Vital statistics of India. Vol. IV, Annual returns from 1871 to 1876. British Army of India, Native Army and jails of Bengal
Year: 1871
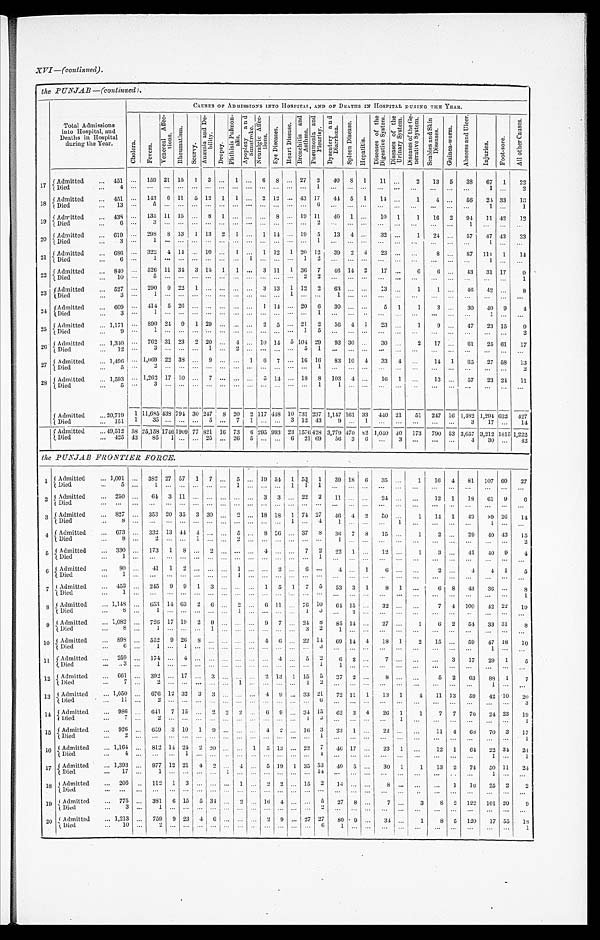
XVI—(continued).
the PUNJAB—(continued).
Total Admissions
into Hospital, and
Deaths in Hospital
duri ng the Year.
CAUSES OF ADMISSIONS INTO HOSPITAL, AND OF DEATHS IN HOSPITAL DURING THE YEAR.
C h o l e r a .
F e v e r s . V e n e r e a l A f f e c -
t i o n s .
R h e u m a t i s m .
S c u r v y .
A n æ m i a a n d D e -
bi l i t y.
D r o p s y .
P h t h i s i s P u l m o n -
a l i s . Ap o p l e x y a n d
Suns t r oke.
N e u r a l g i c A f f e c -
t i ons . E y e D i s e a s e s . H e a r t D i s e a s e .
B r o n c h i t i s a n d
A s t h m a . P n e u m o n i a a n d
P l e u r i s y . D y s e n t e r y a n d
Di a r r h œa . S p l e e n D i s e a s e .
H e p a t i t i s .
D i s e a s e s o f t h e
D i g e s t i v e S y s t e m .
D i s e a s e s o f t h e
U r i n a r y S y s t e m .
D i s e a s e s o f t h e G e -
n e r a t i v e S y s t e m . S e a b i e s a n d S k i n
Di s e a s e s .
G u i n e a - w o r m .
A b s c e s s a n d U l c e r .
I n j u r i e s .
F o o t - s o r e .
A l l o t h e r C a u s e s .
17 Admitted
451
159 21 15 1 3
1
6 8
27 2 40 8 1 11
2 13 5 33 67 1 22
Died
4
1
1
2
1 8
Admitted
451
143 6 11 5 12 1 1
2 12
43 17 44 5 1 14
1
4
56 24 33 1 6
Died
13
5
6
1
1
19 Admitted
438
135 11 15
8 1
8
19 11 40 1
10 1 1 16 2 94 11 42 12
Died
6
3
2
1
2 0 Admitted
619
298 8 13 1 13 2 1
1 14
19 5 13 4
32
1 24
57 47 43 23
Died
3
1
1
1
2 1
Admitted
686
322 4 14
10
1
1 12 1 20 12 39 2 4 23
8
87 111 1 14
Died 6
1
1
1 2
1
2 2
Admitted
840
526 11 34 3 15 1 1
3 11 1 36 7 49 14 2 17
6 6
43 31 17
9
Died 10
5
2 2
1
2 3
Admitted
527
290 9 22 1
3 13 1 12 2 63
13
1 1
46 42
8
Died
3
1
1
1
8
2 4 Admitted
609
414 5 26
1 14
20 6 30
5 1 1 3
30 40 9
4
D i e d
3
1
1
1
2 5 Admitted
1,171
890 24 9 1 20
2 5
21 2 56 4 1 23
1 9
47 23 15
9
Died
9
1
1 5
2
2 6 Admitted
1,310
762 31 23 2 20
4
10 14 5 104 29 93 30
30
2 17
61 25 61 17
Died
12
3
1
2
5 1
2 7
Admitted
1,496
1,069 22 38
9
1 6 7
16 16 83 10 4 33 4
14 1 65 27 5 8 13
Died
5
2
1
2
28
Admitted
1,593
1,262 17 10
7
5 14
18 8 103 4
16 1
13
57 23 24 11
Died
5
3
1
1
Admitted
20,719 1 11,685 4 3 8
794 30 247 8 20 2 117 4 4 8 10 7 3 1 237 1,147 161 33 440 21 5 1
2 4 7 16 1,482
1 , 2 9 4 6 3 2 4 2 7
Died
151 1
3 5
5
7 1
3 1 2 4 3 9 1
3 17
1 4
Admitted
49,512 58 2 5 , 1 5 8
1746 1909 77 821 16 73 6 2 9 5 993 23 1576 428 3,779470 82
1 , 0 4 0 40
173 7 9 0 5 3 3 , 6 5 7 3 , 2 1 2 1 8 1 5
1 , 2 2 2
Died
425 43 85 1
25
26 5
6 21 69 56 3 6
3
4 30 42
the PUNJAB FRONTIER FORCE.
1
Admitted 1,001
382 27 57
1 7
5
19 54 1 53 1 39 18 6 35
1
1 6 4 81 107 6 0
2 7
Died
5
1
1
1 1 1
2
Admitted
250
64 3 11
3 3
22 2 11
24
1 2 1 18 61 9 6
Died
3
Admitted
827
353 20 35 3 30
2
18 18 1 74 27 46 4 2
5 0
1 14 1 49
39 2 6 1 4
Died 8
1
4 1
1
1
4 Admitted
673
332 13 44 4
5
8 26
37 8 36 7 8 15 1
2
29 40 4 3 1 5
Died
8
2
1
2
1
2
5 Admitted
330
173 1 8
2
4
7 2 22 1
12
1 3
41 40 9
4
Died
1
1
6 Admitted
80
41 1 2
1
2
6
4
1 6
2
4 4 1
5
Died 1
1
7 Admitted
453
245 9 9 1 3
1 5 1 7 5 53 3 1 8 1
6 8 43 36
8
Died
1
1
8
Admitted
1,148
653 14 63 2 6
2
6 11
76 10 64 15
32
7 4 100 42 22 19
Died
8
1
1
1 3
2
9 Admitted
1,082
726 17 19 2 9
9 7
24 8 85 14
27
1 6 2 54 33 3 1 8
Died
8
1
1
3 2 1
10 Admitted
898
552 9 26 8
4 6
22 1 4 69 14 4 18 1 2 15
59 47 18 10
Died 6
1
1
3
1
11 Admitted
259
1 7 4
4
4
5 2 6 2
7
3 17 29 1 5
Died
3
1
1 1
12 Admitted
661
392
17
3
2 13 1 15 5 37 2 8
5 2 63 88 1 7
Died
7
2
1
1 2
1
13 Admitted
1,050
676 12 32 3 3
4 9
33 21 72 11 1 13 1
4 11 13 5942
1 0 2 0
Died
11
2
6
3
14 Admitted
986
641 7 15
2 2 2
6 9
34 15 62 3 4 26 1 1 7 7 76 24 2 3 1 9
Died
7
2
1 2
1
15 Admitted
926
659 3 10 1 9
4 2
16 3 23 1
22
11 4 68 70 3 1 7
Died
2
1
1
16 Admitted
1,164
812 14 24 2 20
1 5 13
22 7 46 17
23 1
12 1 64 22 34
2 4
Died
4
1
1
1
1
17 Admitted
1,393
977 12 21 4 2
4
5 19 1 35 53 49 5
30 1 1 13 2 74 50 1 1 2 4
Died
17
1
1
14
1
18 Admitted
206
112 1 3
1
2 2
15 2 14
8
1 16 25 2 2
Died
19 Admitted
775
381 6 15 5 34
2
16 4
5 27 8
7
3
8 2 122 101 2 0 9
Died
3
1
2
2 0
Admitted
1,213
759 9 23 4 6
2 9
27 27 80 9
34
1 8 5 120 17 5 5 1 8
Died
10
2
6 1
1